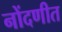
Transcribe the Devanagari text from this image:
नोंदणीत